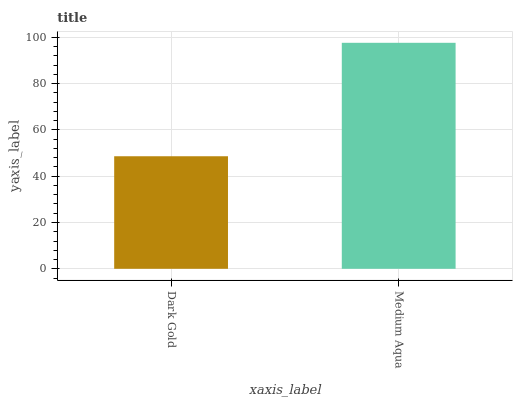
| xaxis_label | bars |
 | --- | --- |
 | Dark Gold | 48.6 |
 | Medium Aqua | 97.6 |